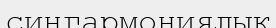
сингармониялық